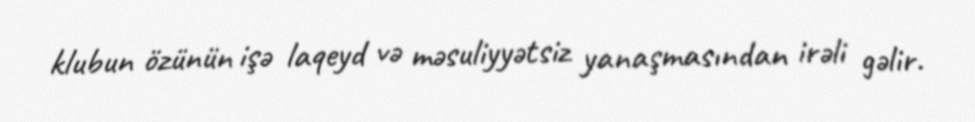
klubun özünün işə laqeyd və məsuliyyətsiz yanaşmasından irəli gəlir.